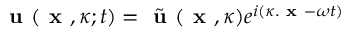
\textbf { u } ( \textbf { x } , \kappa ; t ) = \tilde { \textbf { u } } ( \textbf { x } , \kappa ) e ^ { i ( \kappa . \textbf { x } - \omega t ) }